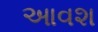
આવશ